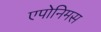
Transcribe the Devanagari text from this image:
एपोनिमस